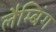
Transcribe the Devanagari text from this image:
लैम्बिंग